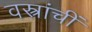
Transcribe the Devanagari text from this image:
वस्त्रांचीं